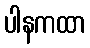
ပါနကထာ